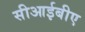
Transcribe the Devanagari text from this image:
सीआईबीए